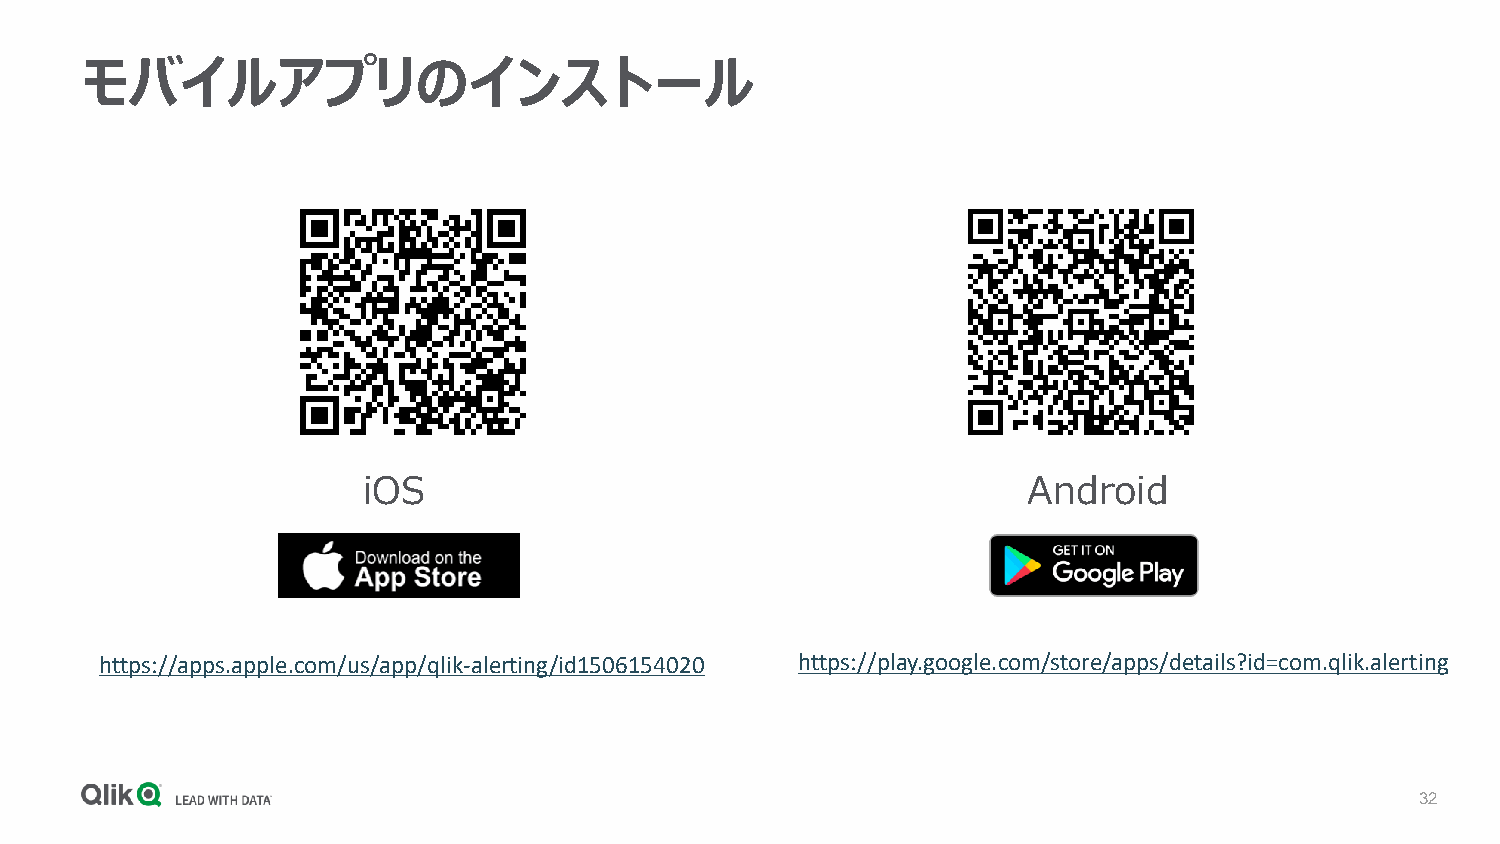
モバイルアプリのインストール
 iOS                                         Android
 https://apps.apple.com/us/app/qlik-alerting/id1506154020 https://play.google.com/store/apps/details?id=com.qlik.alerting
 32